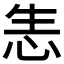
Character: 𢘡